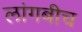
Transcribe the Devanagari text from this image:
लांगबीच